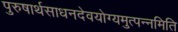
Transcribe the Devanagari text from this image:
पुरुषार्थसाधनदेवयोग्यमुत्पन्नमिति